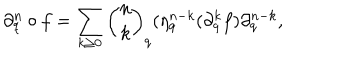
\partial _ { q } ^ { n } \circ f = \sum _ { { k \ge 0 } } { \binom { n } { k } } _ { q } ( \eta _ { q } ^ { n - k } ( \partial _ { q } ^ { k } f ) \partial _ { q } ^ { n - k } ,